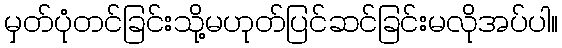
မှတ်ပုံတင်ခြင်းသို့မဟုတ်ပြင်ဆင်ခြင်းမလိုအပ်ပါ။